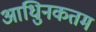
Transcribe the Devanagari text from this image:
आधुिनकतम